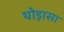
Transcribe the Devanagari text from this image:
थोड़ासा